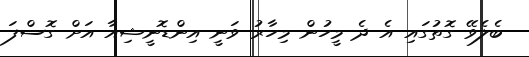
ބެލެވޭ ގޮތުގައި އެ ދެ މީހުން މިހާރު ވަނީ އިންޑޮނީޝިއާ އަށް ގޮސްފަ